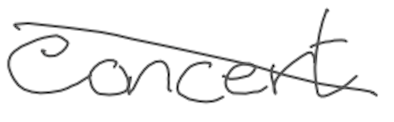
Text: concert
Cross-out: diagonal
Writing tool: digital_gray